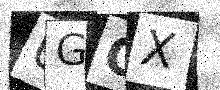
Text: UGOX